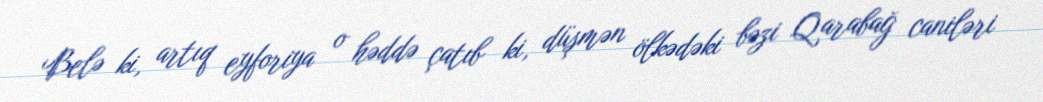
Belə ki, artıq eyforiya o həddə çatıb ki, düşmən ölkədəki bəzi Qarabağ caniləri